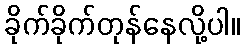
ခိုက်ခိုက်တုန်နေလို့ပါ။